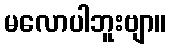
မလောပါဘူးဗျာ။